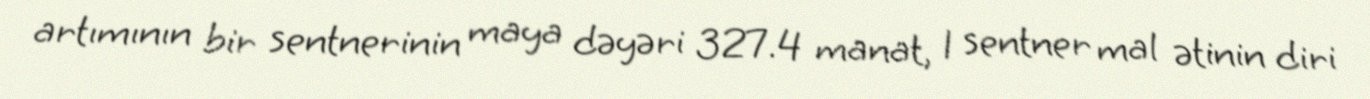
artımının bir sentnerinin maya dəyəri 327.4 manat, 1 sentner mal ətinin diri